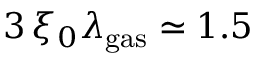
3 \, \xi _ { 0 } \lambda _ { \mathrm { g a s } } \simeq 1 . 5